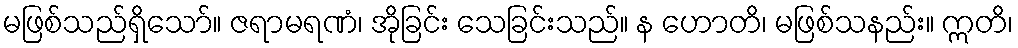
မဖြစ်သည်ရှိသော်။ ဇရာမရဏံ၊ အိုခြင်း သေခြင်းသည်။ န ဟောတိ၊ မဖြစ်သနည်း။ ဣတိ၊